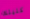
كليتك